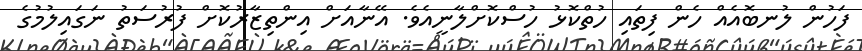
ފަހުން ލުނބޮއެއް ހެން ފިތައި ހުތްކޮޅު ހުސްކޮށްލާނީއެވެ. އޭނާއަށް އިންތިޒާރުކޮށް ފުރުސަތު ނަގައިލުމުގެ